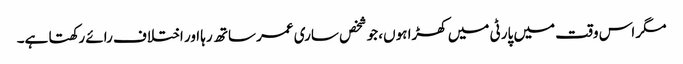
مگر اس وقت میں پارٹی میں کھڑا ہوں، جو شخص ساری عمر ساتھ رہا اور اختلاف رائے رکھتا ہے۔